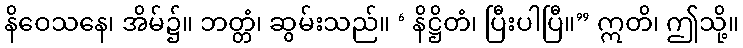
နိဝေသနေ၊ အိမ်၌။ ဘတ္တံ၊ ဆွမ်းသည်။ ‘ နိဋ္ဌိတံ၊ ပြီးပါပြီ။” ဣတိ၊ ဤသို့။